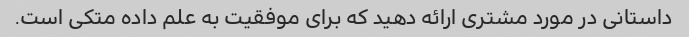
داستانی در مورد مشتری ارائه دهید که برای موفقیت به علم داده متکی است.